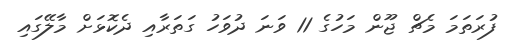
ފުރަތަމަ މެޗް ޖޫން މަހުގެ 11 ވަނަ ދުވަހު ގަތަރާއި ދެކޮޅަށް މާލޭގައި